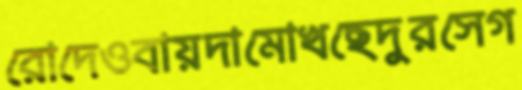
রোদেওবায়দামোখছেদুরসেগ